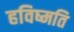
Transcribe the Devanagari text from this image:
हविष्मति